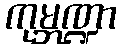
ကုမ္ဘဏ္ဍာ